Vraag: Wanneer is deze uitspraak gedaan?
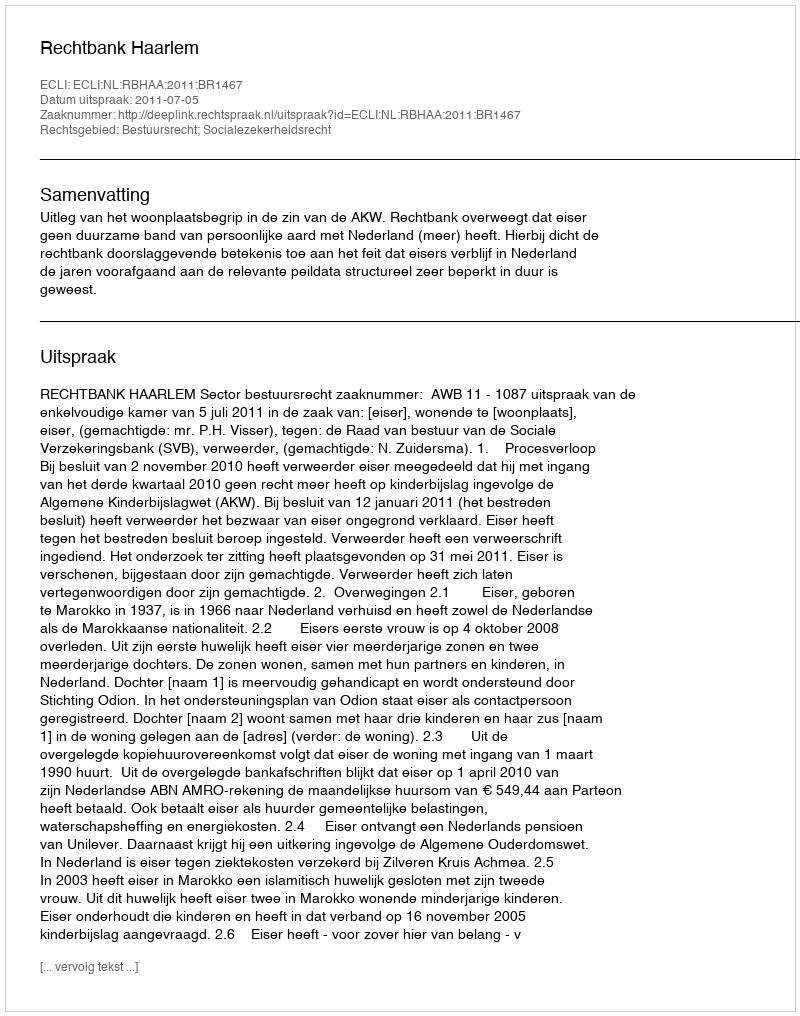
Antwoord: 2011-07-05